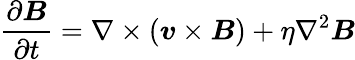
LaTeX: \frac{\partial\boldsymbol{B}}{\partial t}=\nabla\times(\boldsymbol{v}\times\boldsymbol{B})+\eta\nabla^{2}\boldsymbol{B}